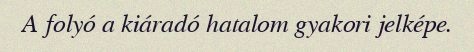
A folyó a kiáradó hatalom gyakori jelképe.